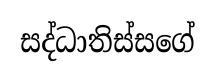
සද්ධාතිස්සගේ